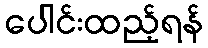
ပေါင်းထည့်ရန်